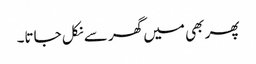
پھر بھی میں گھر سے نکل جاتا۔